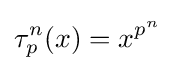
\tau _{p}^{n}(x)=x^{p^{n}}